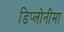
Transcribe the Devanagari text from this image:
डिप्लोनीमा